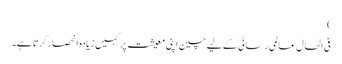
)
فی الحال عالمی رسائی کے لیے چین اپنی معیشت پر کہیں زیادہ انحصار کرتا ہے۔